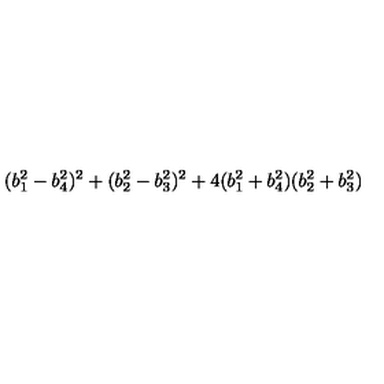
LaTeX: ( b _ { 1 } ^ { 2 } - b _ { 4 } ^ { 2 } ) ^ { 2 } + ( b _ { 2 } ^ { 2 } - b _ { 3 } ^ { 2 } ) ^ { 2 } + 4 ( b _ { 1 } ^ { 2 } + b _ { 4 } ^ { 2 } ) ( b _ { 2 } ^ { 2 } + b _ { 3 } ^ { 2 } )